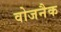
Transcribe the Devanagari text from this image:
वोजनैक